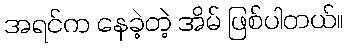
အရင်က နေခဲ့တဲ့ အိမ် ဖြစ်ပါတယ်။